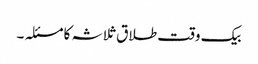
بیک وقت طلاق ثلاثہ کا مسئلہ ۔